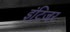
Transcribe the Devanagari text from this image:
इंटिजर